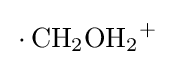
{\,{\cdot }\,\mathrm {CH} {\vphantom {A}}_{\smash[{t}]{2}}\mathrm {OH} {\vphantom {A}}_{\smash[{t}]{2}}{\vphantom {A}}^{+}}